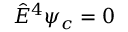
\hat { E } ^ { 4 } \psi _ { c } = 0